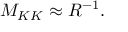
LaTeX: M _ { K K } \approx R ^ { - 1 } .